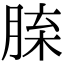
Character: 𦜈